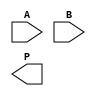
module radix4_wallace_multiplier #(parameter WIDTH = 8) (
    input wire [WIDTH-1:0] A, // Multiplicand
    input wire [WIDTH-1:0] B, // Multiplier
    output wire [2*WIDTH-1:0] P // Product
);

    // Partial product generation
    wire [WIDTH-1:0] pp [0:(WIDTH/2)-1]; // Partial products
    genvar i;
    generate
        for (i = 0; i < WIDTH/2; i = i + 1) begin : pp_gen
            assign pp[i] = (B[2*i] ? A : 0) + (B[2*i+1] ? {A, 1'b0} : 0);
        end
    endgenerate

    // Wallace Tree structure
    wire [WIDTH-1:0] sum [0:WIDTH]; // Sums at each level
    wire [WIDTH-1:0] carry [0:WIDTH]; // Carries at each level

    // First level of CSAs
    wire [WIDTH-1:0] s1, c1, s2, c2, s3, c3;
    assign {c1, s1} = pp[0] + pp[1];
    assign {c2, s2} = pp[2] + pp[3];
    assign {c3, s3} = pp[4] + pp[5];

    // Second level of CSAs
    wire [WIDTH-1:0] s4, c4;
    assign {c4, s4} = s1 + s2 + c1;

    // Final addition
    wire [2*WIDTH-1:0] final_sum;
    assign final_sum = s4 + c4 + s3;

    // Output product
    assign P = final_sum;

endmodule